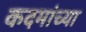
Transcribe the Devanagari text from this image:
कदमांच्या